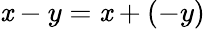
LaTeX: \mathit{x}-y=\mathit{x}+(-y)